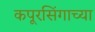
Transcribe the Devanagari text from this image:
कपूरसिंगाच्या